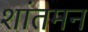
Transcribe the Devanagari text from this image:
शांतमन